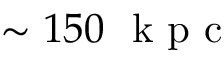
\sim 1 5 0 ~ \mathrm { ~ k ~ p ~ c ~ }